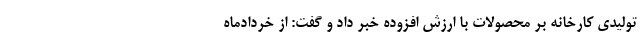
تولیدی کارخانه بر محصولات با ارزش افزوده خبر داد و گفت: از خردادماه